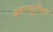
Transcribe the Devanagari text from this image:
इगतपूरीच्या